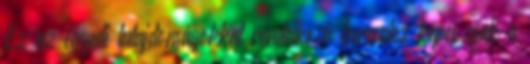
Ez az egyedi tulajdonságokkal rendelkező berendez képes csak a